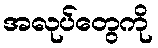
အလုပ်တွေကို